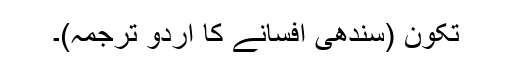
تکون (سندھی افسانے کا اردو ترجمہ)۔